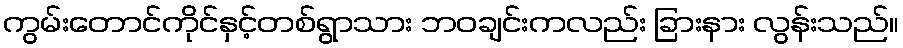
ကွမ်းတောင်ကိုင်နှင့်တစ်ရွာသား ဘဝချင်းကလည်း ခြားနား လွန်းသည်။